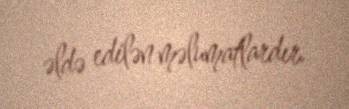
əldə edilən məlumatlardır.